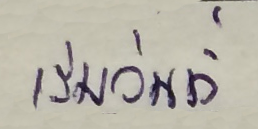
เริ่มวันที่